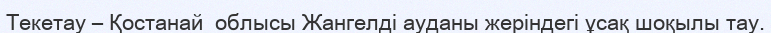
Текетау – Қостанай  облысы Жангелді ауданы жеріндегі ұсақ шоқылы тау.